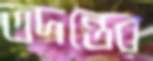
তদন্তের